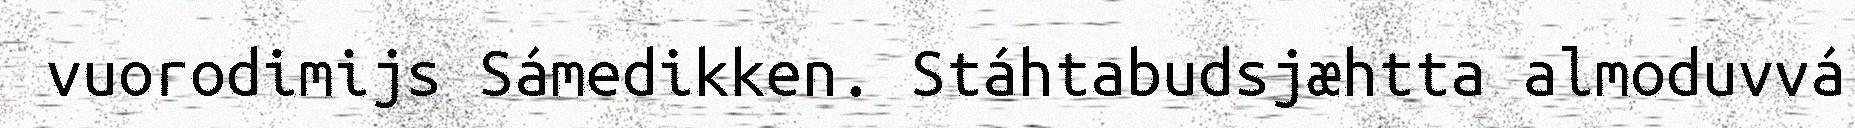
vuorodimijs Sámedikken. Stáhtabudsjæhtta almoduvvá